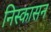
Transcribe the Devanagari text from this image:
निस्कासन